Civil Veterinary Dept. Bombay admin report 1932-41 - 1932-1941
Year: 1932
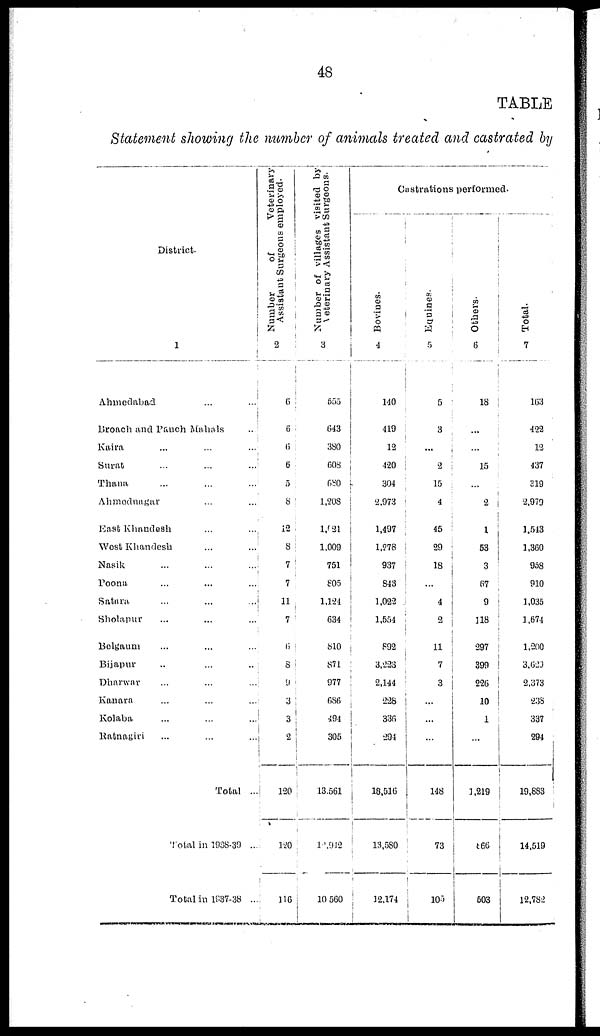
48
TABLE
Statement showing the number of animals treated and castrated by
District.
1
Ahmedabad ... ...
Broach and Panch Mahals ...
Kaira ... ... ...
Surat
...
...
...
Thana ... ... ...
Ahmednagar ... ...
East Khandesh
...
...
West Khandesh
...
...
Nasik
...
...
...
Poona
...
...
...
Satara
...
...
...
Sholapur ... ... ...
Belgaum ... ... ...
Bijapur . ..
...
...
Dharwar ... ... ...
Kanara
...
...
...
Kolaba
...
...
...
Ratnagiri
...
...
...
Total ...
Total in 1938-39 ...
Total in 1937-38 ...
Number of
Veterinary
Assistant Surgeons employed.
2
6
6
6
6
5
8
12
8
7
7
11
7
6
8
9
3
3
2
120
120
116
Number of villages visited by
Veterinary
Assistant Surgeons.
3
555
643
380
608
680
1,208
1,021
1,009
751
805
1,124
634
810
871
977
686
494
305
13,561
14, 942
10,560
Castrations performed.
Bovines.
4
140
419
12
420
304
2,973
1,497
1,278
937
843
1,022
1,554
892
3,223
2,144
228
336
294
18,516
13,580
12,174
Equines.
5
5
3
...
2
15
4
45
29
18
4
2
11
7
3
...
...
...
148
73
105
Others.
6
18
...
...
15
...
2
1
53
3
67
9
118
297
399
226
10
1
...
1,219
866
503
Total.
J
7
163
422
12
437
319
2,979
1,543
1,360
958
910
1,035
1,674
1,200
3,629
2,373
238
337
294
19,883
14,519
12,782